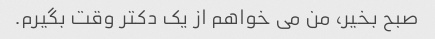
صبح بخیر، من می خواهم از یک دکتر وقت بگیرم.